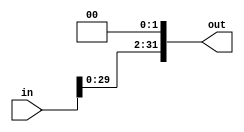
`timescale 1ns / 1ps
//////////////////////////////////////////////////////////////////////////////////
// Company: 
// Engineer: 
// 
// Design Name: 
// Module Name: shift_left_2
// Project Name: 
// Target Devices: 
// Tool Versions: 
// Description: 
// 
// Dependencies: 
// 
// Revision:
// Revision 0.01 - File Created
// Additional Comments:
// 
//////////////////////////////////////////////////////////////////////////////////


module shift_left_2(
    input [31:0] in , 
    output [31:0] out 
    );
    assign out = in << 2 ; 
endmodule